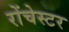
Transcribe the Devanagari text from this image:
रोंचेस्टर